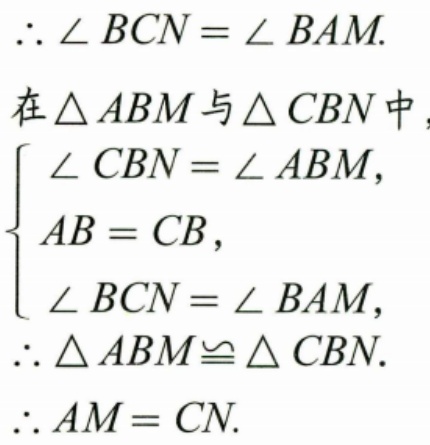
\(\therefore \angle BCN = \angle BAM\).
在\(\triangle ABM\)与\(\triangle CBN\)中，
\(\begin{cases}
\angle CBN = \angle ABM, \\
AB = CB, \\
\angle BCN = \angle BAM,
\end{cases}\)
\(\therefore \triangle ABM\cong\triangle CBN\).
\(\therefore AM = CN\).